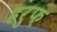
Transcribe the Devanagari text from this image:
हरुफ़